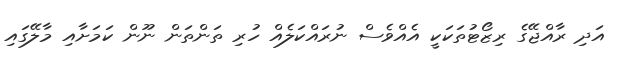
އަދި ރާއްޖޭގެ ރިޒޯޓުތަކަކީ އެއްވެސް ނުރައްކަލެއް ހުރި ތަންތަން ނޫން ކަމަށާއި މާލޭގައި